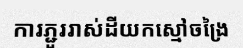
ការភ្ជួររាស់ដីយកស្មៅចង្រៃ